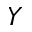
Y